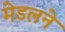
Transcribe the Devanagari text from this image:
मेडलने